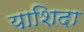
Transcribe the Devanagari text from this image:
याशिदा